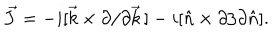
\vec { J } = - i [ \vec { k } \times \partial / \partial \vec { k } \, ] - i [ \hat { n } \times \partial / \partial \hat { n } ] .